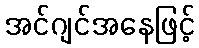
အင်ဂျင်အနေဖြင့်